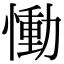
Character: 慟